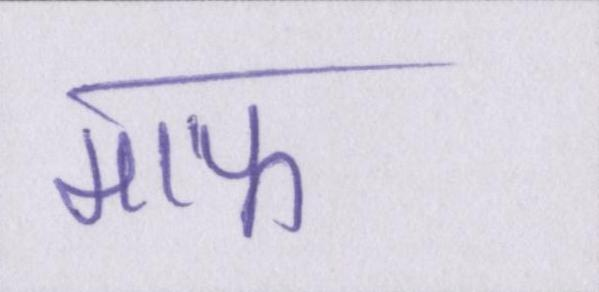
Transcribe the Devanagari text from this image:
माफ